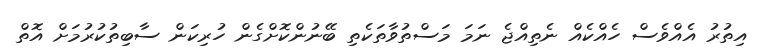
އިތުރު އެއްވެސް ހެއްކެއް ނެތިއްޖެ ނަމަ މަސްތުވާތަކެތި ބޭނުންކޮށްގެން ހުރިކަން ސާބިތުކުރުމަށް އޮތް